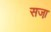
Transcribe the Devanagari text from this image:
सजा़